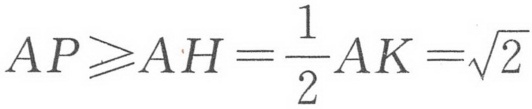
\(AP\geqslant AH=\frac{1}{2}AK=\sqrt{2}\)